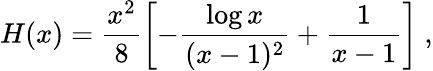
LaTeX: H(x)=\frac{x^{2}}{8}\left[-\frac{\log x}{(x-1)^{2}}+\frac 1{x-1}\right]~,